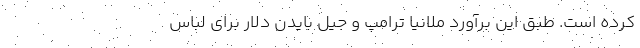
کرده است. طبق این برآورد ملانیا ترامپ و جیل بایدن دلار برای لباس